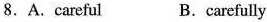
8.A.Careful B.carefully